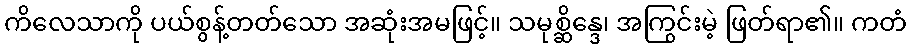
ကိလေသာကို ပယ်စွန့်တတ်သော အဆုံးအမဖြင့်။ သမုစ္ဆိန္ဒေ၊ အကြွင်းမဲ့ ဖြတ်ရာ၏။ ကတံ